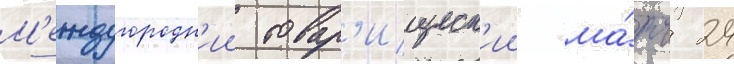
М'еждугородн'ии товар'ищеск'ии ма́тч 24